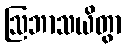
ဩဘာသယိတွာ